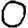
Digit: 0